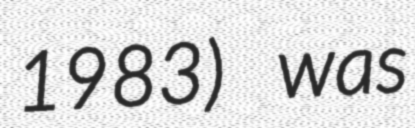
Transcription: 1983) was